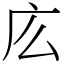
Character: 庅